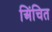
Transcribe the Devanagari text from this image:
अिंचित